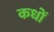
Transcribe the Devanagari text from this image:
कधों